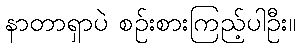
နာတာရှာပဲ စဉ်းစားကြည့်ပါဦး။